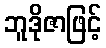
ဘူဒိုဇာဖြင့်